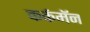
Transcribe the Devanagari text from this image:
कर्कमॅन